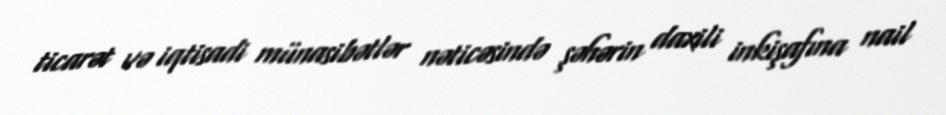
ticarət və iqtisadi münasibətlər nəticəsində şəhərin daxili inkişafına nail